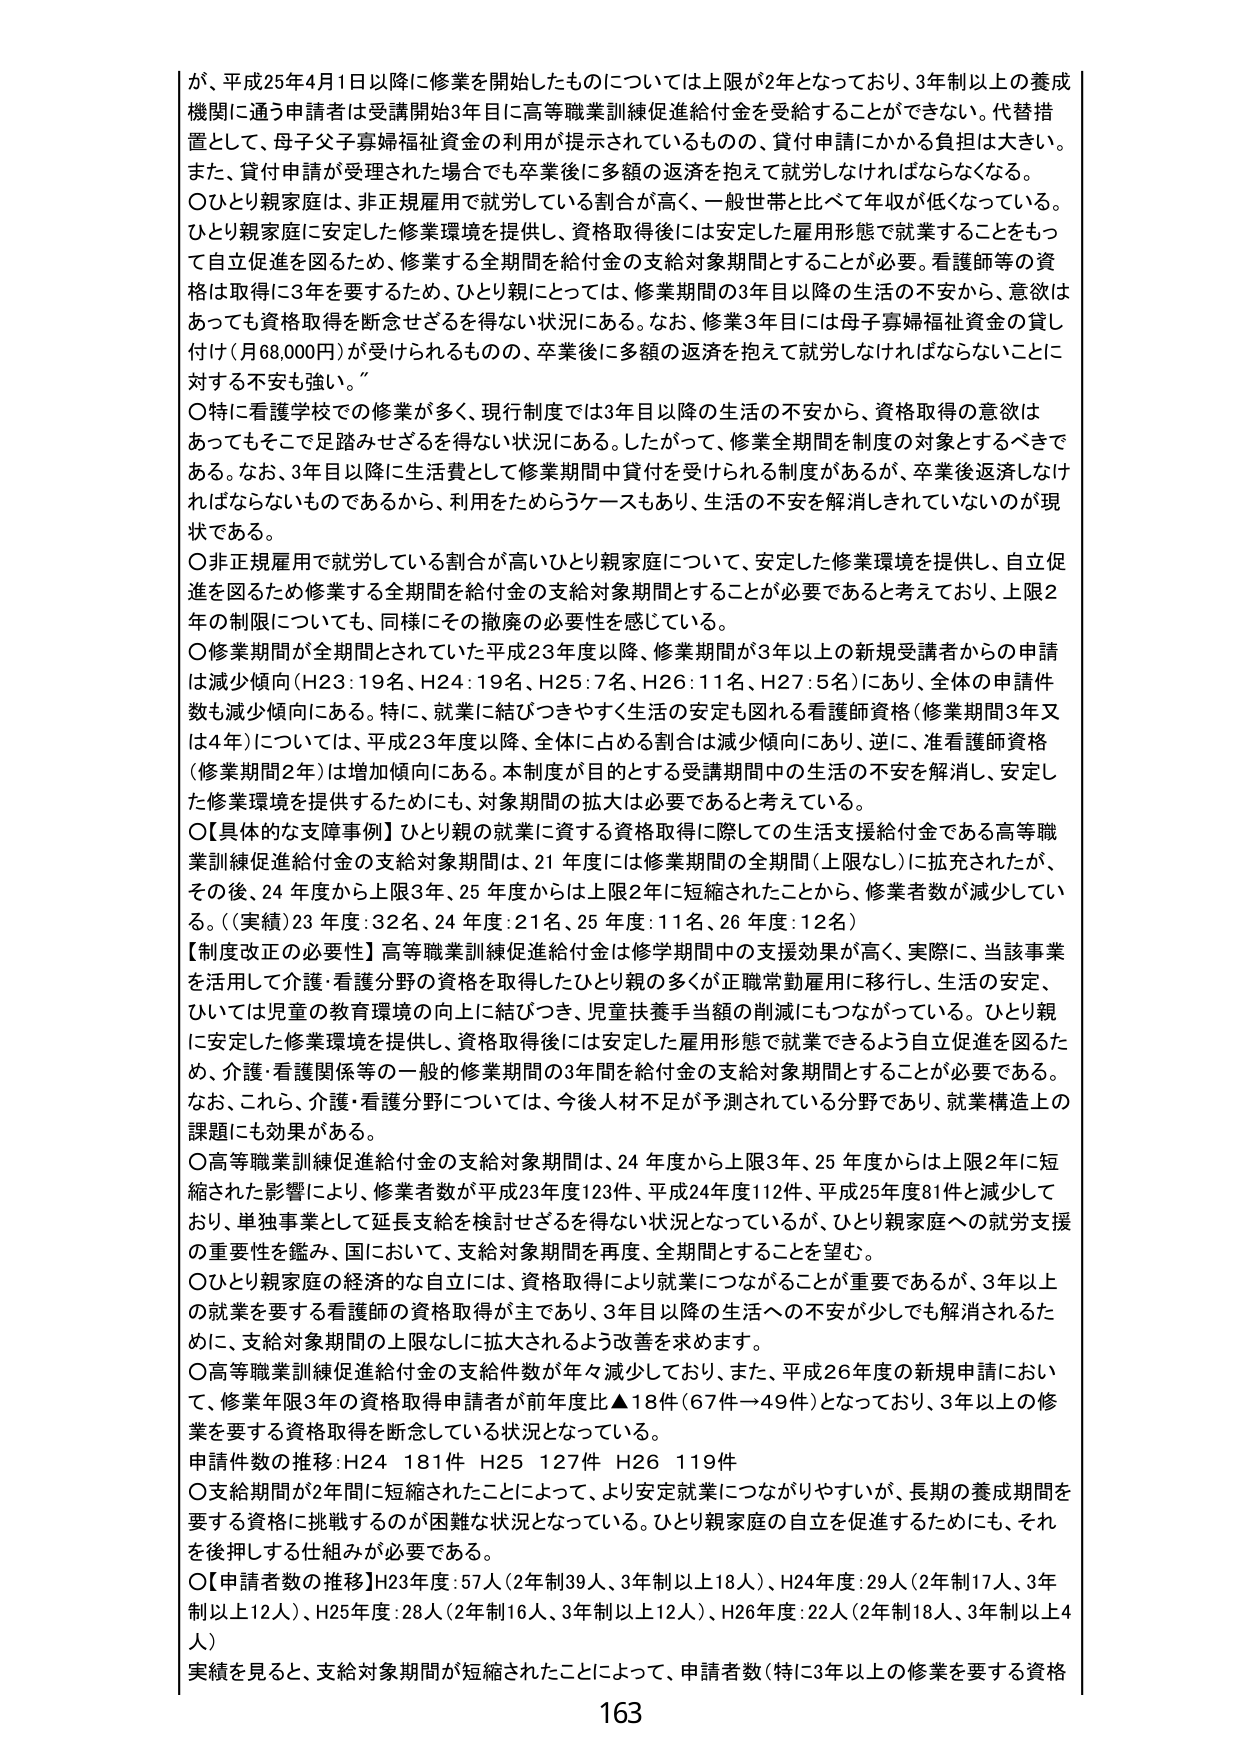
が、平成25年4月1日以降に修業を開始したものについては上限が2年となっており、3年制以上の養成機関に通う申請者は受講開始3年目に高等職業訓練促進給付金を受給することができない。代替措置として、母子父子寡婦福祉資金の利用が提示されているものの、貸付申請にかかる負担は大きい。また、貸付申請が受理された場合でも卒業後に多額の返済を抱えて就労しなければならなくなる。

〇ひとり親家庭は、非正規雇用で就労している割合が高く、一般世帯と比べて年収が低くなっている。ひとり親家庭に安定した修業環境を提供し、資格取得後には安定した雇用形態で就業することをもって自立促進を図るため、修業する全期間を給付金の支給対象期間とすることが必要。看護師等の資格は取得に3年を要するため、ひとり親にとっては、修業期間の3年目以降の生活の不安から、意欲はあっても資格取得を断念せざるを得ない状況にある。なお、修業3年目には母子寡婦福祉資金の貸し付け（月68,000円）が受けられるものの、卒業後に多額の返済を抱えて就労しなければならないことに対する不安も強い。

〇特に看護学校での修業が多く、現行制度では3年目以降の生活の不安から、資格取得の意欲はあってもそこで足踏みせざるを得ない状況にある。したがって、修業全期間を制度の対象とするべきである。なお、3年目以降に生活費として修業期間中貸付を受けられる制度があるが、卒業後返済しなければならないものであるから、利用をためらうケースもあり、生活の不安を解消しきれていないのが現状である。

〇非正規雇用で就労している割合が高いひとり親家庭について、安定した修業環境を提供し、自立促進を図るため修業する全期間を給付金の支給対象期間とすることが必要であると考えており、上限2年の制限についても、同様にその撤廃の必要性を感じている。

〇修業期間が全期間とされていた平成23年度以降、修業期間が3年以上の新規受講者からの申請は減少傾向（H23：19名、H24：19名、H25：7名、H26：11名、H27：5名）にあり、全体の申請件数も減少傾向にある。特に、就業に結びつきやすく生活の安定も図れる看護師資格（修業期間3年又は4年）については、平成23年度以降、全体に占める割合は減少傾向にあり、逆に、准看護師資格（修業期間2年）は増加傾向にある。本制度が目的とする受講期間中の生活の不安を解消し、安定した修業環境を提供するためにも、対象期間の拡大は必要であると考えている。

〇【具体的な支障事例】ひとり親の就業に資する資格取得に際しての生活支援給付金である高等職業訓練促進給付金の支給対象期間は、21年度には修業期間の全期間（上限なし）に拡充されたが、その後、24年度から上限3年、25年度からは上限2年に短縮されたことから、修業者数が減少している。（実績）23年度：32名、24年度：21名、25年度：11名、26年度：12名

【制度改正の必要性】高等職業訓練促進給付金は修学期間中の支援効果が高く、実際に、当該事業を活用して介護・看護分野の資格を取得したひとり親の多くが正職常勤雇用に移行し、生活の安定、ひいては児童の教育環境の向上に結びつき、児童扶養手当額の削減にもつながっている。ひとり親に安定した修業環境を提供し、資格取得後には安定した雇用形態で就業できるよう自立促進を図るため、介護・看護関係等の一般的修業期間の3年間を給付金の支給対象期間とすることが必要である。なお、これら、介護・看護分野については、今後人材不足が予測されている分野であり、就業構造上の課題にも効果がある。

〇高等職業訓練促進給付金の支給対象期間は、24年度から上限3年、25年度からは上限2年に短縮された影響により、修業者数が平成23年度123件、平成24年度112件、平成25年度81件と減少しており、単独事業として延長支給を検討せざるを得ない状況となっているが、ひとり親家庭への就労支援の重要性を鑑み、国において、支給対象期間を再度、全期間とすることを望む。

〇ひとり親家庭の経済的な自立には、資格取得により就業につながることが重要であるが、3年以上の就業を要する看護師の資格取得が主であり、3年目以降の生活への不安が少しでも解消されるために、支給対象期間の上限なしに拡大されるよう改善を求めます。

〇高等職業訓練促進給付金の支給件数が年々減少しており、また、平成26年度の新規申請において、修業年限3年の資格取得申請者が前年度比▲18件（67件→49件）となっており、3年以上の修業を要する資格取得を断念している状況となっている。

申請件数の推移：H24 181件 H25 127件 H26 119件

〇支給期間が2年間に短縮されたことによって、より安定就業につながりやすいが、長期の養成期間を要する資格に挑戦するのが困難な状況となっている。ひとり親家庭の自立を促進するためにも、それを後押しする仕組みが必要である。

〇【申請者数の推移】H23年度：57人（2年制39人、3年制以上18人）、H24年度：29人（2年制17人、3年制以上12人）、H25年度：28人（2年制16人、3年制以上12人）、H26年度：22人（2年制18人、3年制以上4人）

実績を見ると、支給対象期間が短縮されたことによって、申請者数（特に3年以上の修業を要する資格

163